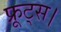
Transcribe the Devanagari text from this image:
फ्रूट्स।